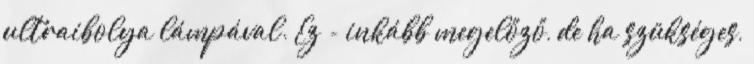
ultraibolya lámpával. Ez - inkább megelőző, de ha szükséges,